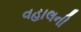
વહાલની